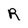
Character: R